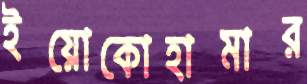
ইয়োকোহামার